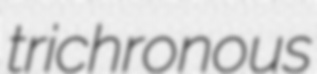
trichronous